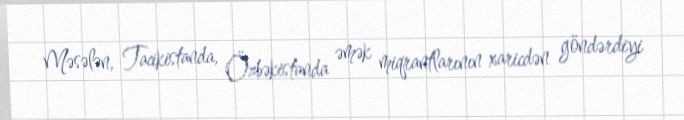
Məsələn, Tacikistanda, Özbəkistanda əmək miqrantlarının xaricdən göndərdiyi